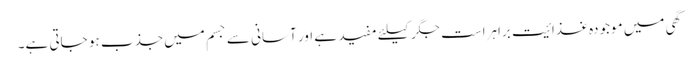
گھی میں موجودہ غذائیت براہراست جگر کیلئے مفید ہے اور آسانی سے جسم میں جذب ہو جاتی ہے۔